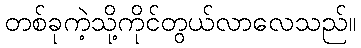
တစ်ခုကဲ့သို့ကိုင်တွယ်လာလေသည်။